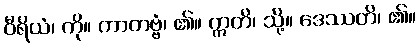
ဝီရိယံ၊ ကို။ ကာတဗ္ဗံ၊ ၏။ ဣတိ၊ သို့။ ဒေဿတိ၊ ၏။